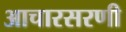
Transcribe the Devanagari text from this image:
आचारसरणी